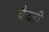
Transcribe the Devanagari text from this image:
कैदही